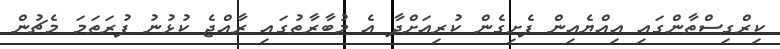
ކިރްގިސްތާންގައި އިއްޔެއިން ފެށިގެން ކުރިއަށްދާ އެ މުބާރާތުގައި ރާއްޖެ ކުޅުނު ފުރަތަމަ މެޗުން